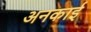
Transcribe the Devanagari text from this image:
अनकाई